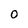
Character: 0